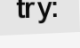
try: